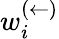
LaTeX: w_{i}^{(\leftarrow)}